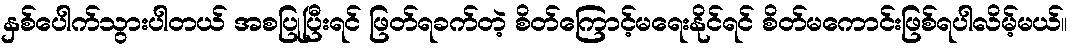
နှစ်ပေါက်သွားပါတယ် အစပြုပြီးရင် ဖြတ်ရခက်တဲ့ စိတ်ကြောင့်မရေးနိုင်ရင် စိတ်မကောင်းဖြစ်ရပါလိမ့်မယ်။